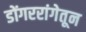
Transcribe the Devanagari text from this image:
डोंगररांगेतून